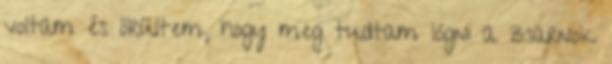
voltam és örültem, hogy meg tudtam lógni a zsarnok